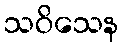
သဝိသေန